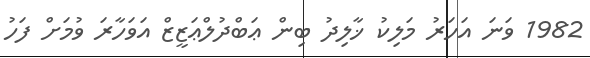
1982 ވަނަ އަހަރު މަލިކު ޚާލިދު ބިން ޢަބްދުލްޢަޒީޒް އަވަހާރަ ވުމަށް ފަހު